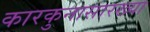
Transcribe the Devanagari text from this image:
कारकुनासारख्या